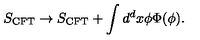
S _ { \mathrm { C F T } } \to S _ { \mathrm { C F T } } + \int d ^ { d } x \phi \Phi ( \phi ) .